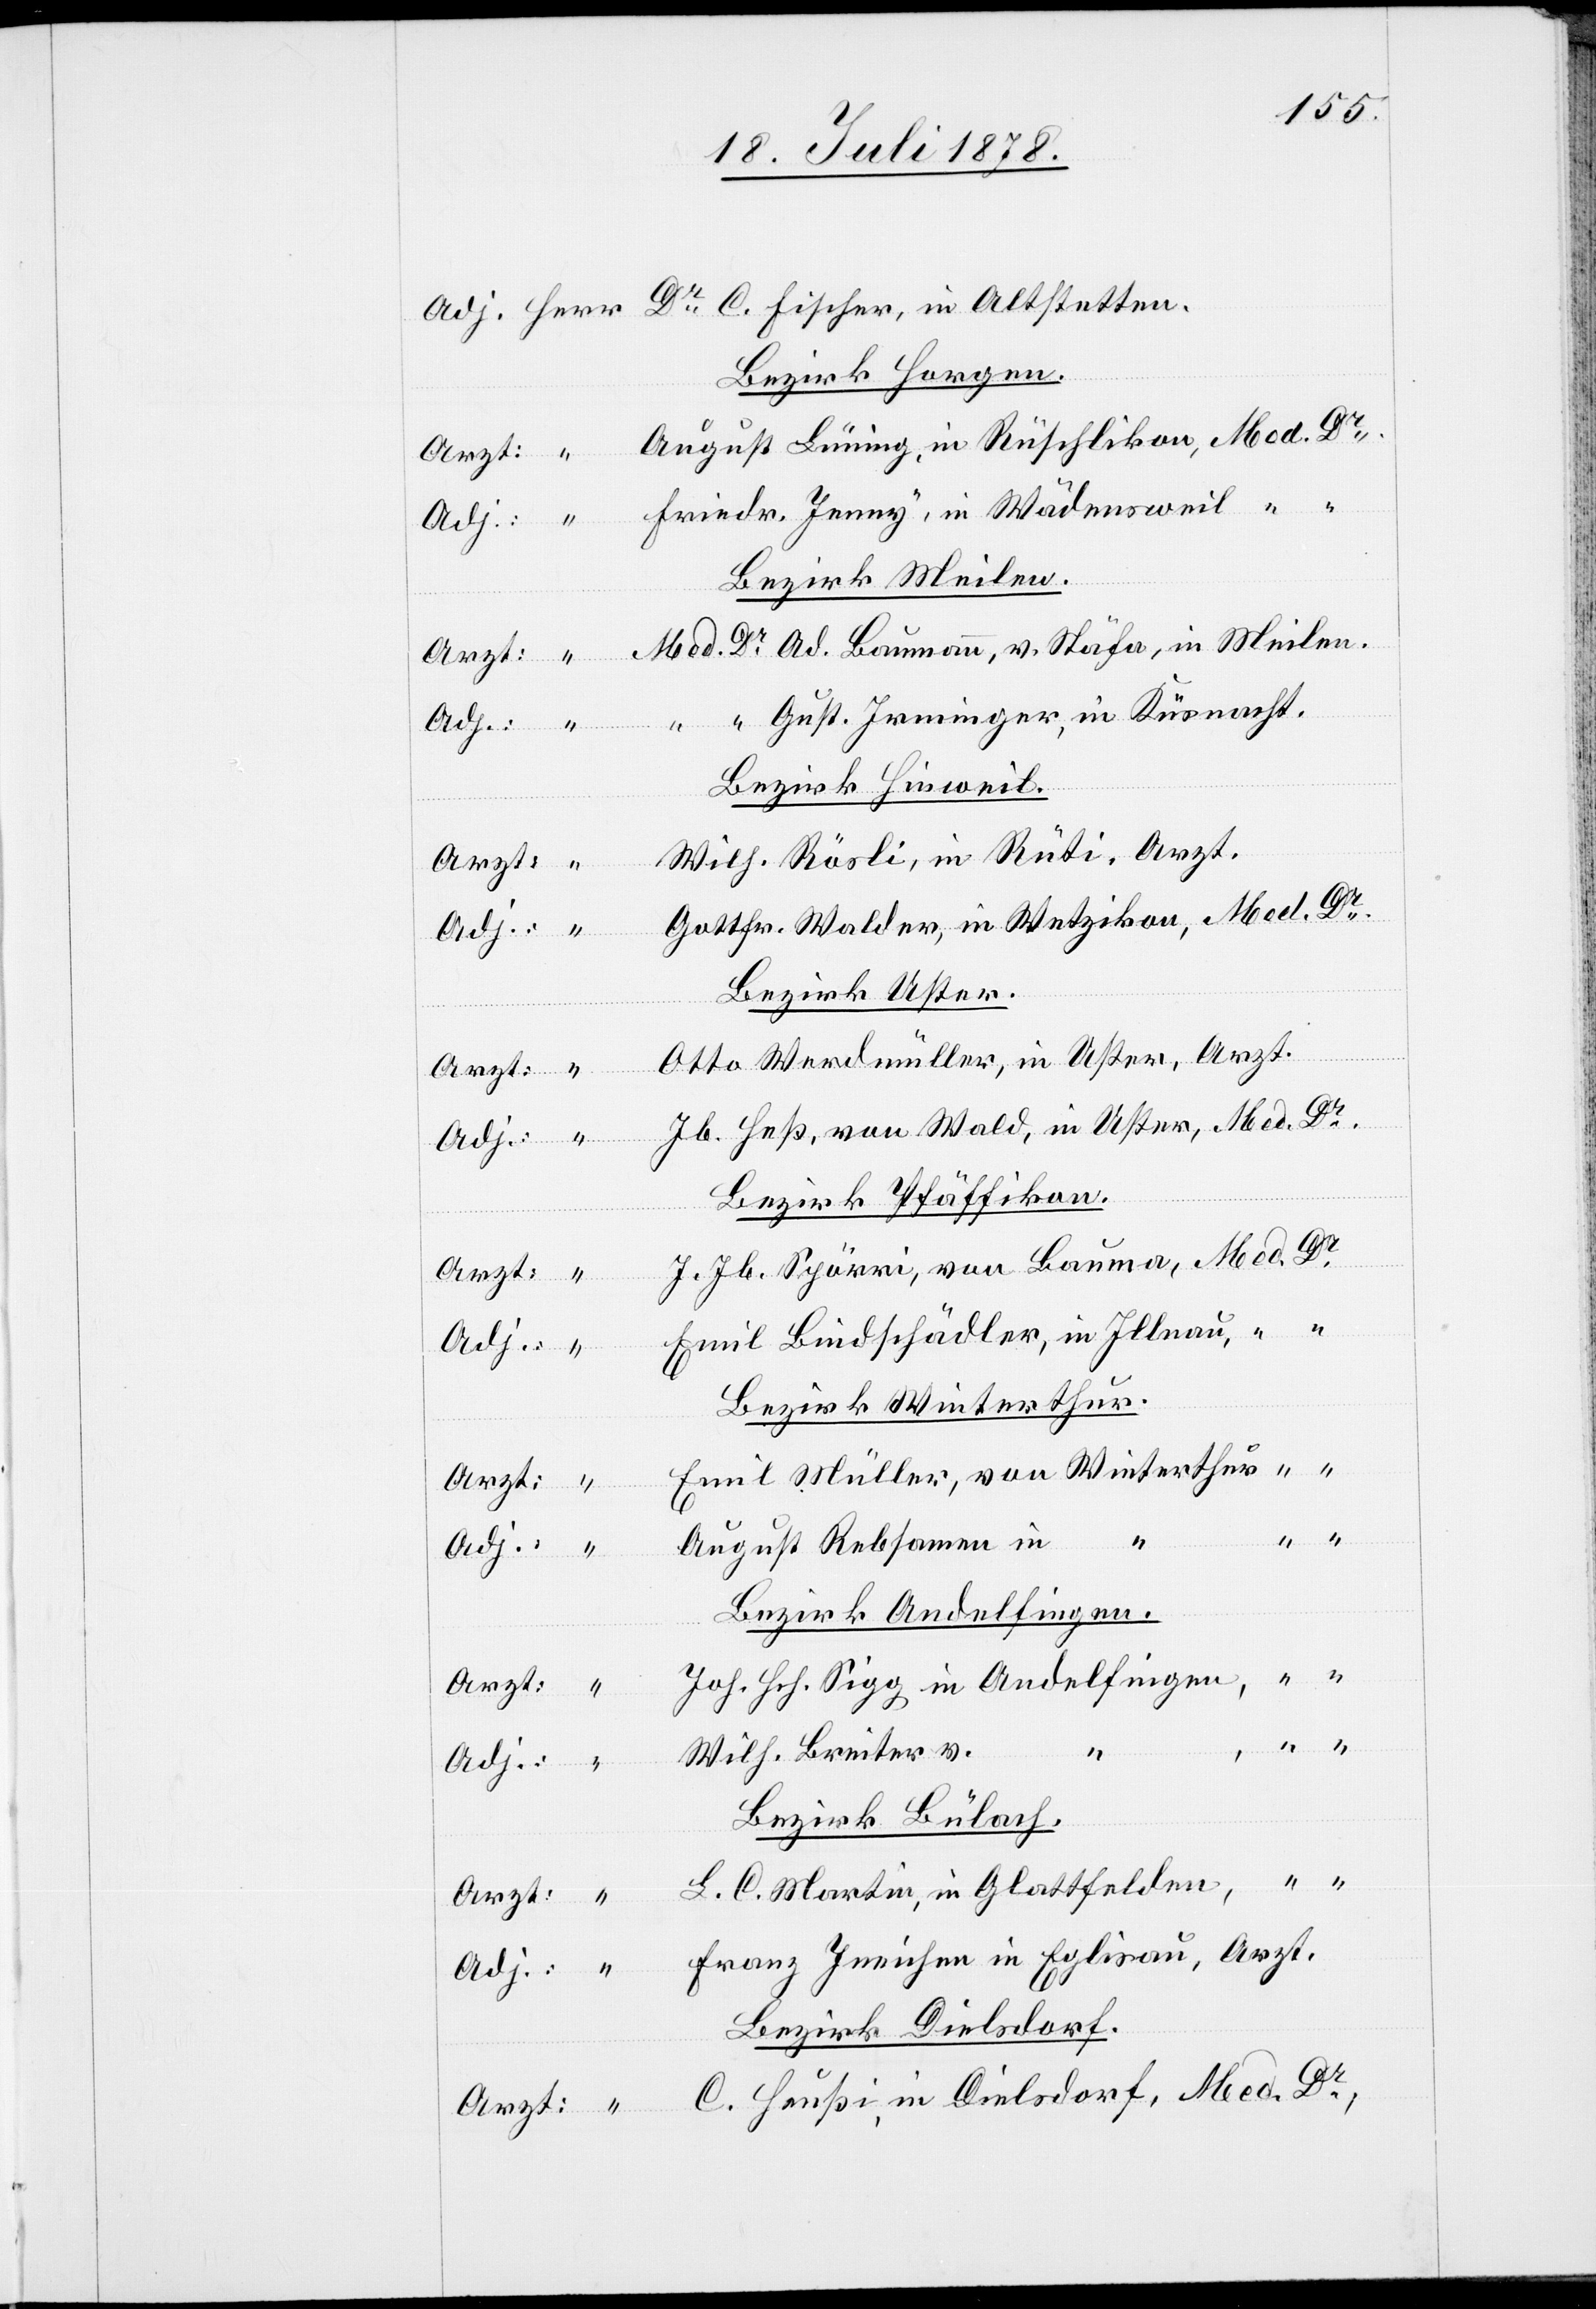
Adj. Herr Dr C. Fischer, in Altstetten.
Bezirk Horgen.
Arzt: “ August Lüning, in Rüschlikon, Med. Dr.
Adj.: “ Friedr. Jenny, in Wädensweil “
Bezirk Meilen.
Arzt: “ Med. Dr Ad. Baumann, v. Stäfa, in Meilen.
Adj.: “ “ “ Gust. Irminger, in Küsnacht.
Bezirk Hinweil.
Wilh. Rösli, in Rüti, Arzt.
Gottfr. Walder, in Wetzikon, Med. Dr.
Adj.: “
Bezirk Uster.
Otto Werdmüller, in Uster, Arzt.
Jb. Heß, von Wald, in Uster, Med. Dr.
Bezirk Pfäffikon.
J. Jb. Spörri, von Bauma, Med. Dr.
Emil Bindschädler, in Illnau, “
Bezirk Winterthur.
Emil Müller, von Winterthur, “ “
August Rebsamen in
Bezirk Andelfingen.
Joh. Hch. Sigg in Andelfingen,
Arzt: “
Wilh. Breiter v.
Adj: “
Bezirk Bülach.
L. C. Martin, in Glattfelden, “
Adj.: “ Franz Ineichen in Eglisau, Arzt.
Bezirk Dielsdorf.
Arzt: “ C. Heußi, in Dielsdorf, Med. Dr.;